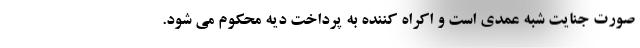
صورت جنایت شبه عمدی است و اکراه کننده به پرداخت دیه محکوم می شود.